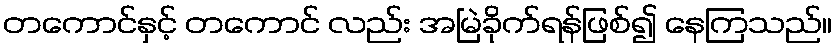
တကောင်နှင့် တကောင် လည်း အမြဲခိုက်ရန်ဖြစ်၍ နေကြသည်။